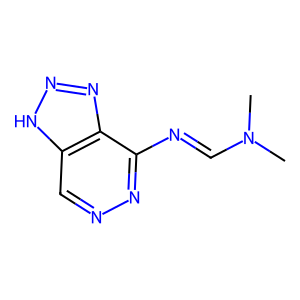
SMILES: CN(C)C=Nc1nncc2[nH]nnc12
Inhibits HIV replication: No